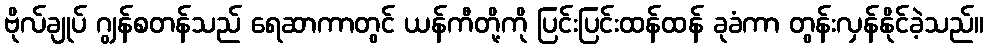
ဗိုလ်ချုပ် ဂျွန်စတန်သည် ရေဆာကာတွင် ယန်ကီတို့ကို ပြင်းပြင်းထန်ထန် ခုခံကာ တွန်းလှန်နိုင်ခဲ့သည်။